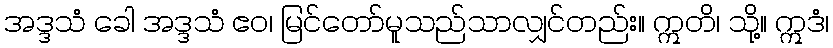
အဒ္ဒသံ ခေါ အဒ္ဒသံ ဧဝ၊ မြင်တော်မူသည်သာလျှင်တည်း။ ဣတိ၊ သို့။ ဣဒံ၊